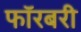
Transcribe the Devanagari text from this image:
फॉरबरी